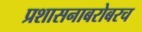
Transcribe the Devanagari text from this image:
प्रशासनाबरोबरच